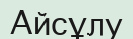
Айсұлу